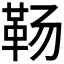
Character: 𱁱